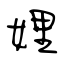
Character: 娌